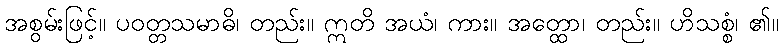
အစွမ်းဖြင့်။ ပဝတ္တသမာဓိ၊ တည်း။ ဣတိ အယံ၊ ကား။ အတ္ထော၊ တည်း။ ဟိသစ္စံ၊ ၏။